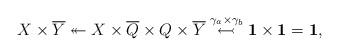
LaTeX: \begin{gather*}X\times {\overline{Y}} \twoheadleftarrow X \times {\overline{Q}} \times Q \times {\overline{Y}} \stackrel{\gamma_a\times \gamma_b}{\leftarrowtail} \mathbf{1}\times\mathbf{1}=\mathbf{1},\end{gather*}